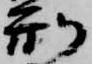
刑